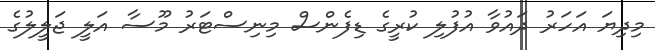
މިދިޔަ އަހަރު ދައުވާ އުފުލި ކުރީގެ ޑިފެންސް މިނިސްޓަރު މޫސާ އަލީ ޖަލީލުގެ